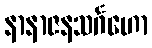
နာနာဇနသင်္ဂဟော